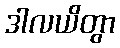
ဒါလယိတွာ